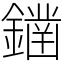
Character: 𨬭